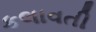
કલાવતી